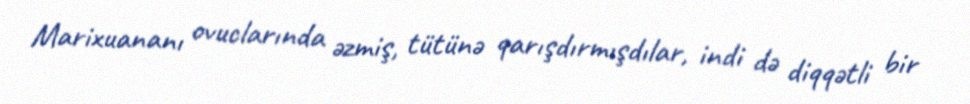
Marixuananı ovuclarında əzmiş, tütünə qarışdırmışdılar, indi də diqqətli bir